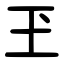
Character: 玊